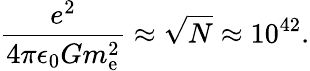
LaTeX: {\frac{e^{2}}{4\pi\epsilon_{0}Gm_{\mathrm{e}}^{2}}}\approx{\sqrt{N}}\approx 10^{42}.